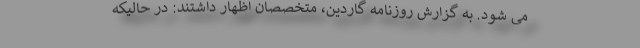
می شود. به گزارش روزنامه گاردین، متخصصان اظهار داشتند: در حالیکه